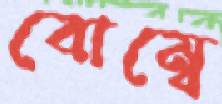
বোম্বে